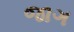
જાગ